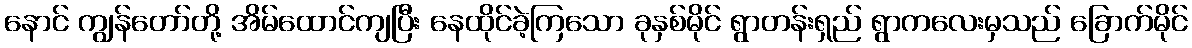
နောင် ကျွန်တော်တို့ အိမ်ထောင်ကျပြီး နေထိုင်ခဲ့ကြသော ခုနှစ်မိုင် ရွာတန်းရှည် ရွာကလေးမှသည် ခြောက်မိုင်